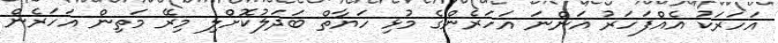
އަހަރަކު އެއްފަހަރު އަންނަ އަހަރެންގެ މުޅި ހަޔާތް ބަދަލުކޮށްލި މިރޭ މަތިން އަހަރެން